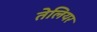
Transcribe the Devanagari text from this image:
तेलियर